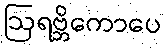
ဩရဗ္ဘိကောပေ